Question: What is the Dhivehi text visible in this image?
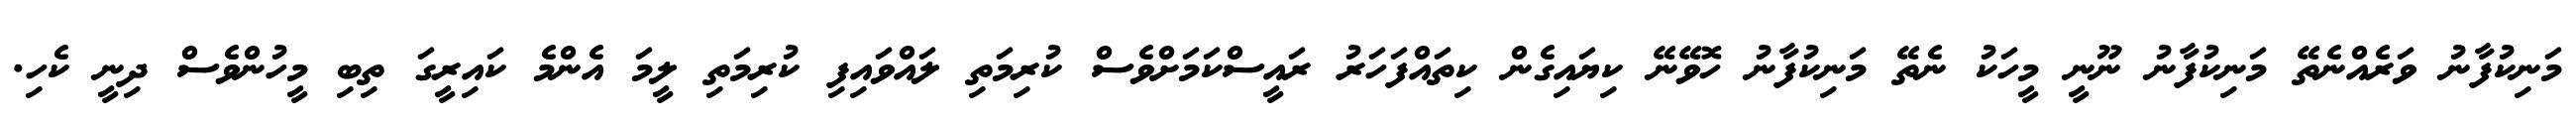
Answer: މަނިކުފާނު ވަރެއްނެތޭ މަނިކުފާނު ނޫނީ މީހަކު ނެތޭ މަނިކުފާނު ހޮވޭނޭ ކިޔައިގެން ކިތައްފަހަރު ރައީސްކަމަށްވެސް ކުރިމަތި ލައްވައިފި ކުރިމަތި ލީމަ އެންމެ ކައިރީގަ ތިބި މީހުންވެސް ދިނީ ކެހި.